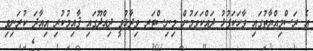
އެ ރަސްމިއްޔާތުގައި ވާހަކަފުޅު ދައްކަވަމުން މިނިސްޓަރ ވިދާޅުވީ ދިއްދޫގައި ޤާއިމުކުރި އިއާދަ ކުރަނިވި